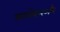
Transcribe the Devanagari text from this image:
कारोबारऔर